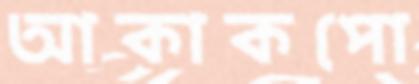
আকাকপো